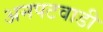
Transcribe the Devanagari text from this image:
अनपटवाडी